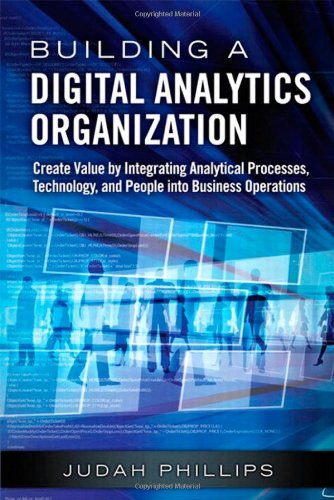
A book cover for Building a Digital Analytics Organization: Create Value by Integrating Analytical Processes, Technology, and People into Business Operations (FT Press Analytics); Judah Phillips; Computers & Technology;